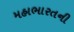
મહાભારતની